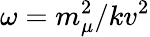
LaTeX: \omega=m_{\mu}^{2}/kv^{2}